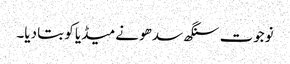
نوجوت سنگھ سدھو نے میڈیا کو بتا دیا۔